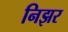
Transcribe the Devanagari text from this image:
निझर